Report of the Indian Hemp Drugs Commission, 1894-1895 - Volume IV
Year: 1894
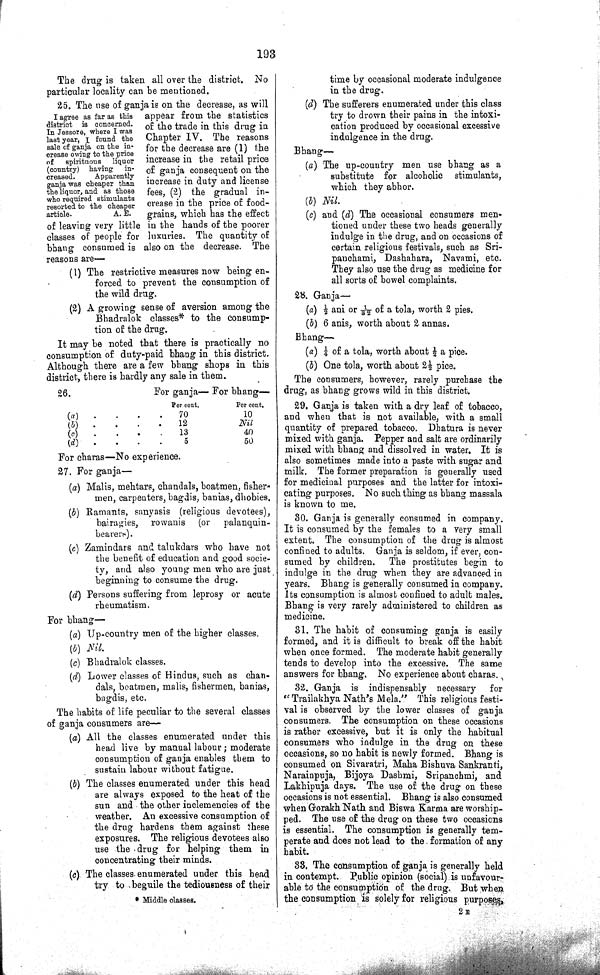
193
The drug is taken all over the district.
No
particular locality can be mentioned.
I agree as far as this
district is concerned.
In Jessore, where I was
last year, I found the
sale of ganja on the in-
crease owing to the price
of
spirituous
liquor
(country) having
in-
creased.
Apparently
ganja was cheaper than
the liquor, and as those
who required stimulants
resorted to the cheaper
article.
A. E.
25. The use of ganja is on the decrease, as will
appear from the statistics
of the trade in this drug in
Chapter IV. The reasons
for the decrease are (1) the
increase in the retail price
of ganja consequent on the
increase in duty and license
fees, (2) the gradual in-
crease in the price of food-
grains, which has the effect
of leaving very little in the hands of the poorer
classes of people for luxuries. The quantity of
bhang consumed is also on the decrease. The
reasons are—
(1) The restrictive measures now being en-
forced to prevent the consumption of
the wild drug.
(2) A growing sense of aversion among the
Bhadralok classes* to the consump-
tion of the drug.
It may be noted that there is practically no
consumption of duty-paid bhang in this district.
Although there are a few bhang shops in this
district, there is hardly any sale in them.
26.
For ganja— For bhang—
Per cent.
Per cent.
(a)
70
10
(b)
12
Nil.
(c)
13
40
(d)
5
50
For charas—No experience.
27. For ganja—
(a) Malis, mehtars, chandals, boatmen, fisher-
men, carpenters, bagdis, banias, dhobies.
(b) Ramants, sanyasis (religious devotees),
bairagies,
rowanis
(or
palanquin-
bearers).
(c) Zamindars and talukdars who have not
the benefit of education and good socie-
ty, and also young men who are just
beginning to consume the drug.
(d) Persons suffering from leprosy or acute
rheumatism.
For bhang—
(a) Up-country men of the higher classes.
(b) Nil.
(c) Bhadralok classes.
(d) Lower classes of Hindus, such as chan-
dals, boatmen, malis, fishermen, banias,
bagdis, etc.
The habits of life peculiar to the several classes
of ganja consumers are—
(a) All the classes enumerated under this
head live by manual labour; moderate
consumption of ganja enables them to
sustain labour without fatigue.
(b) The classes enumerated under this head
are always exposed to the heat of the
sun and the other inclemencies of the
weather. An excessive consumption of
the drug hardens them against these
exposures. The religious devotees also
use the drug for helping them in
concentrating their minds.
(c) The classes enumerated under this head
try to beguile the tediousness of their
* Middle classes.
time by occasional moderate indulgence
in the drug.
(d) The sufferers enumerated under this class
try to drown their pains in the intoxi-
cation produced by occasional excessive
indulgence in the drug.
Bhang—
(a) The up-country men use bhang as a
substitute for alcoholic
stimulants,
which they abhor.
(b) Nil.
(c) and (d) The occasional consumers men-
tioned under these two heads generally
indulge in the drug, and on occasions of
certain religious festivals, such as Sri-
panchami, Dashahara, Navami, etc.
They also use the drug as medicine for
all sorts of bowel complaints.
28. Ganja—
(a) 1/2 ani or 1/32 of a tola, worth 2 pies.
(b) 6 anis, worth about 2 annas.
Bhang—
(a) 1/4 of a tola, worth about 1/2 a pice.
(b) One tola, worth about 21/2 pice.
The consumers, however, rarely purchase the
drug, as bhang grows wild in this district.
29. Ganja is taken with a dry leaf of tobacco,
and when that is not available, with a small
quantity of prepared tobacco. Dhatura is never
mixed with ganja. Pepper and salt are ordinarily
mixed with bhang and dissolved in water. It is
also sometimes made into a paste with sugar and
milk. The former preparation is generally used
for medicinal purposes and the latter for intoxi-
cating purposes. No such thing as bhang massala
is known to me.
30. Ganja is generally consumed in company.
It is consumed by the females to a very small
extent. The consumption of the drug is almost
confined to adults. Ganja is seldom, if ever, con-
sumed by children.
The prostitutes begin to
indulge in the drug when they are advanced in
years. Bhang is generally consumed in company.
Its consumption is almost confined to adult males.
Bhang is very rarely administered to children as
medicine.
31. The habit of consuming ganja is easily
formed, and it is difficult to break off the habit
when once formed. The moderate habit generally
tends to develop into the excessive. The same
answers for bhang. No experience about charas.
32. Ganja is indispensably necessary
for
"Trailakhya Nath's Mela." This religious festi-
val is observed by the lower classes of ganja
consumers. The consumption on these occasions
is rather excessive, but it is only the habitual
consumers who indulge in the drug on these
occasions, so no habit is newly formed. Bhang is
consumed on Sivaratri, Maha Bishuva Sankranti,
Narainpuja, Bijoya Dashmi, Sripanchmi, and
Lakhipuja days. The use of the drug on these
occasions is not essential. Bhang is also consumed
when Gorakh Nath and Biswa Karma are worship-
ped. The use of the drug on these two occasions
is essential. The consumption is generally tem-
perate and does not lead to the formation of any
habit.
33. The consumption of ganja is generally held
in contempt. Public opinion (social) is unfavour-
able to the consumption of the drug. But when
the consumption is solely for religious
purpose,
2 E